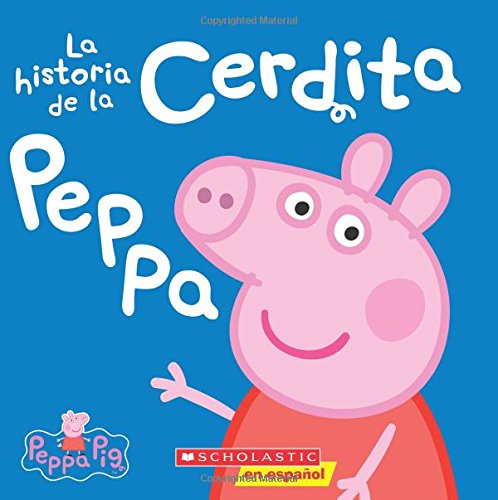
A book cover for La historia de la Cerdita Peppa (Cerdita Peppa) (Spanish Edition); Scholastic; Children's Books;